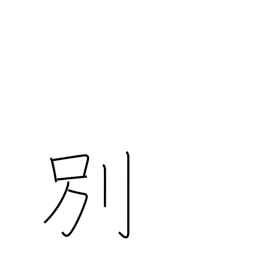
Meaning: diverge